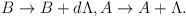
LaTeX: \begin{align*}B\rightarrow B+d\Lambda ,A\rightarrow A+\Lambda .\end{align*}